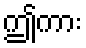
ဤကား